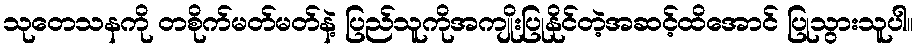
သုတေသနကို တစိုက်မတ်မတ်နဲ့ ပြည်သူကိုအကျိုးပြုနိုင်တဲ့အဆင့်ထိအောင် ပြုသွားသူပါ။